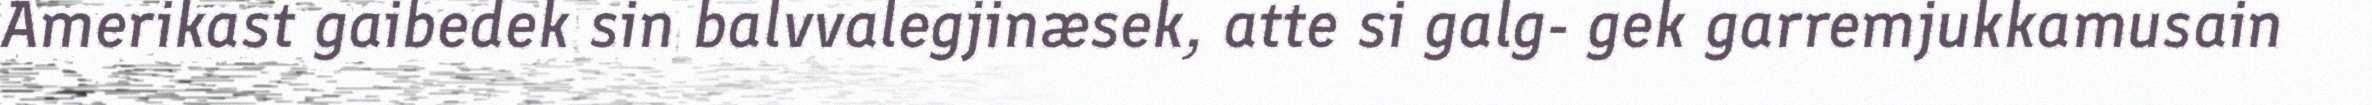
Amerikast gaibedek sin balvvalegjinæsek, atte si galg- gek garremjukkamusain